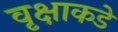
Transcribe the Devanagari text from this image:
वृक्षाकडे